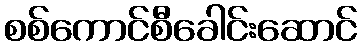
စစ်ကောင်စီခေါင်းဆောင်